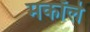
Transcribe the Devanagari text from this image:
मकॉले